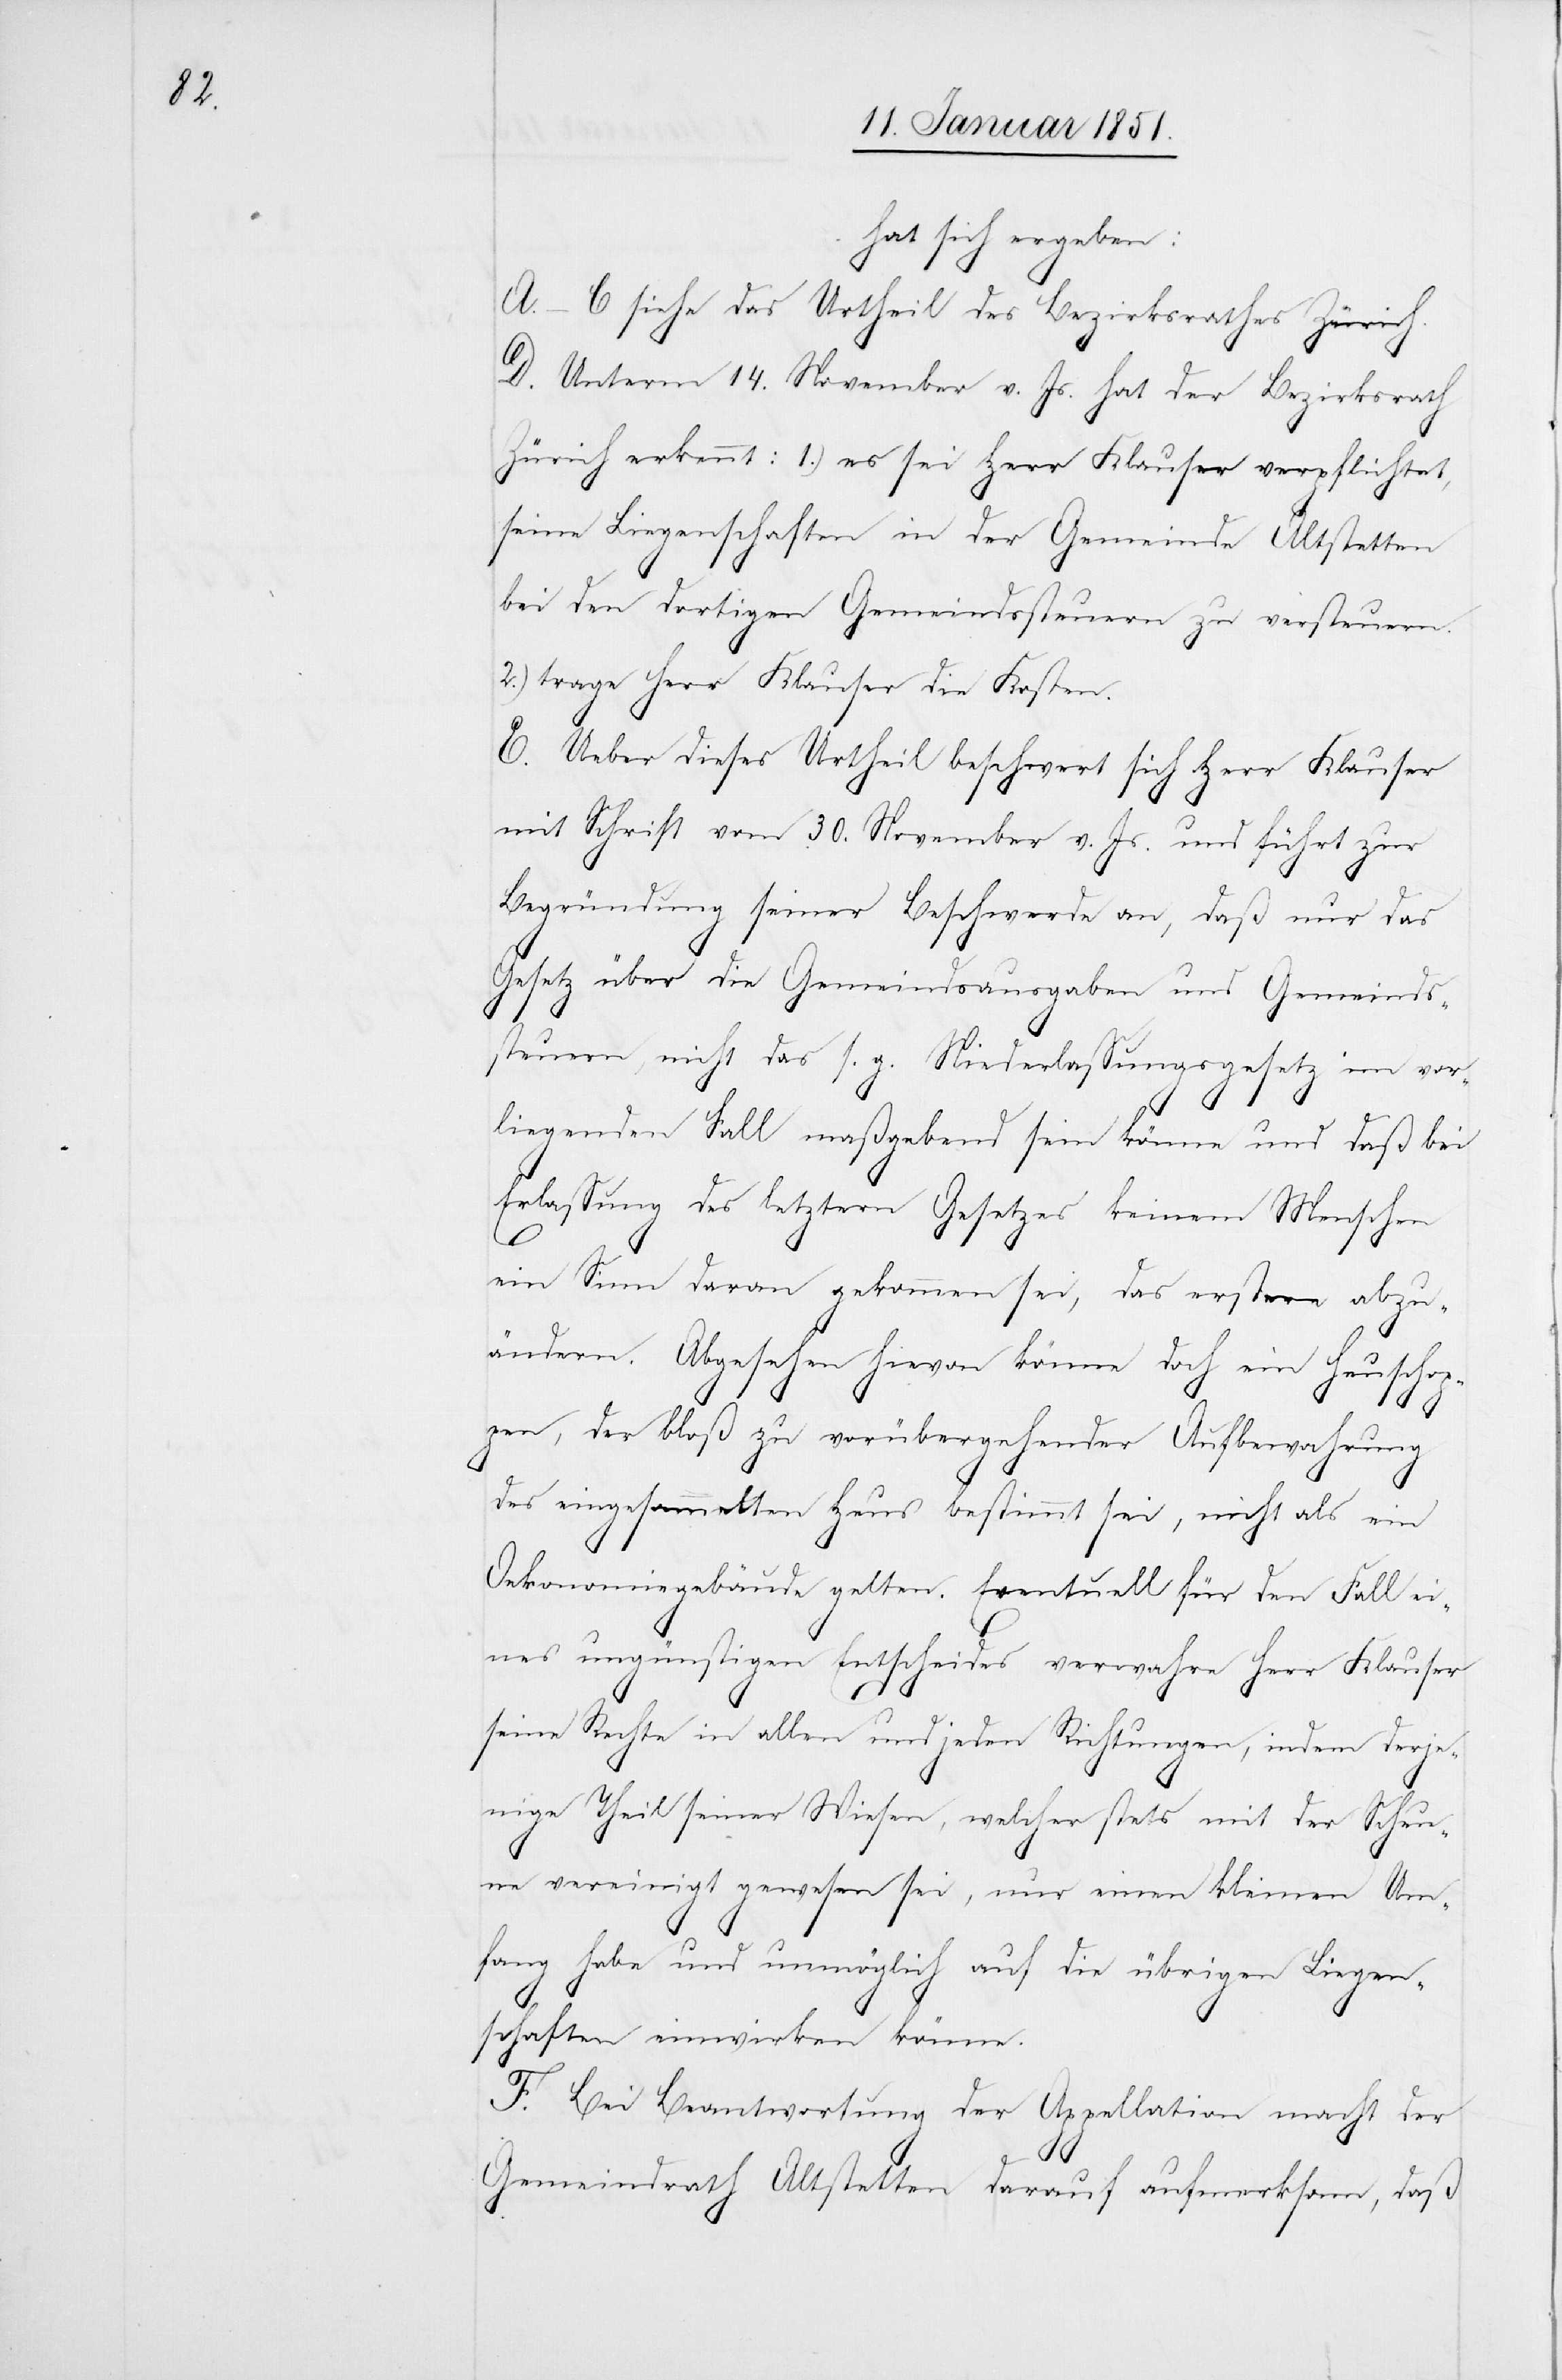
hat sich ergeben:
A.–C siehe das Urtheil des Bezirksrathes Zürich.
D. Unterm 14. November v. Js. hat der Bezirksrath
Zürich erkennt: 1.) es sei Herr Klauser verpflichtet,
seine Liegenschaften in der Gemeinde Altstetten
bei den dortigen Gemeindssteuern zu versteuern.
2.) trage Herr Klauser die Kosten.
E. Ueber dieses Urtheil beschwert sich Herr Klauser
mit Schrift vom 30. November v. Js. und führt zur
Begründung seiner Beschwerde an, daß nur das
Gesetz über die Gemeindsausgaben und Gemeinds¬
steuern, nicht das s. g. Niederlassungsgesetz im vor¬
liegenden Fall maßgebend sein könne und daß bei
Erlassung des letztern Gesetzes keinem Menschen
ein Sinn daran gekommen sei, das erstere abzu¬
ändern. Abgesehen hievon könne doch ein Heuschop¬
pen, der bloß zu vorübergehender Aufbewahrung
des eingesammelten Heus bestimmt sei, nicht als ein
Oekonomiegebäude gelten. Eventuell für den Fall ei¬
nes ungünstigen Entscheides verwahre Herr Klauser
seine Rechte in allen und jeden Richtungen, indem derje¬
nige Theil seiner Wiesen, welcher stets mit der Scheu¬
ne vereinigt gewesen sei, nur einen kleinen Um¬
fang habe und unmöglich auf die übrigen Liegen¬
schaften einwirken könne.
F. Bei Beantwortung der Appellation macht der
Gemeindrath Altstetten darauf aufmerksam, daß